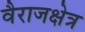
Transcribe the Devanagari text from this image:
वैराजक्षेत्र